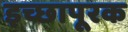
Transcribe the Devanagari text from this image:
इच्छापूरक